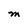
Character: M